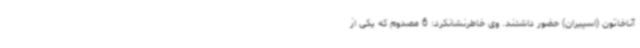
آناخاتون (اسپیران) حضور داشتند. وی خاطرنشانکرد: 6 مصدوم که یکی از